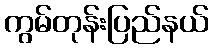
ကွမ်တုန်းပြည်နယ်